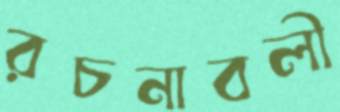
রচনাবলী